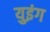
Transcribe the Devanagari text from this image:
युइंग